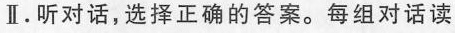
Ⅱ.听对话,选择正确的答案。每组对话读